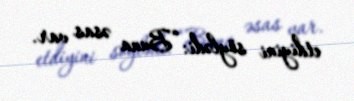
etdiyini söylədi: “Buna əsas var.